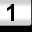
Digit: 1